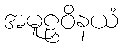
အမူဠှဝိနယံ